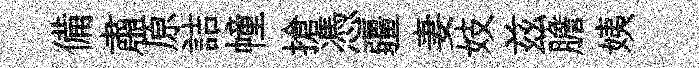
備肅原詰幢搶憑疆妻妓兹膽姨